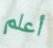
أعلم